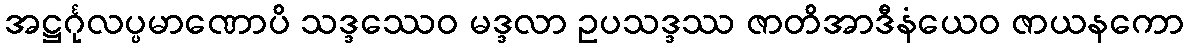
အဋ္ဌင်္ဂုလပ္ပမာဏောပိ သဒ္ဒဿေဝ မဒ္ဒလာ ဥပသဒ္ဒဿ ဇာတိအာဒီနံယေဝ ဇာယနကော